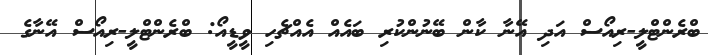
ބްރެންޓްލީ-ރިއޯސް އަދި އޭނާ ކާން ބޭނުންކުރި ބައެއް އެއްޗެހި ވީޑީއޯ: ބްރެންޓްލީ-ރިއޯސް އޭނާގެ